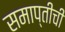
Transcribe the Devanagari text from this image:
समाप्तीची